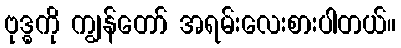
ဗုဒ္ဓကို ကျွန်တော် အရမ်းလေးစားပါတယ်။